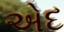
એદ